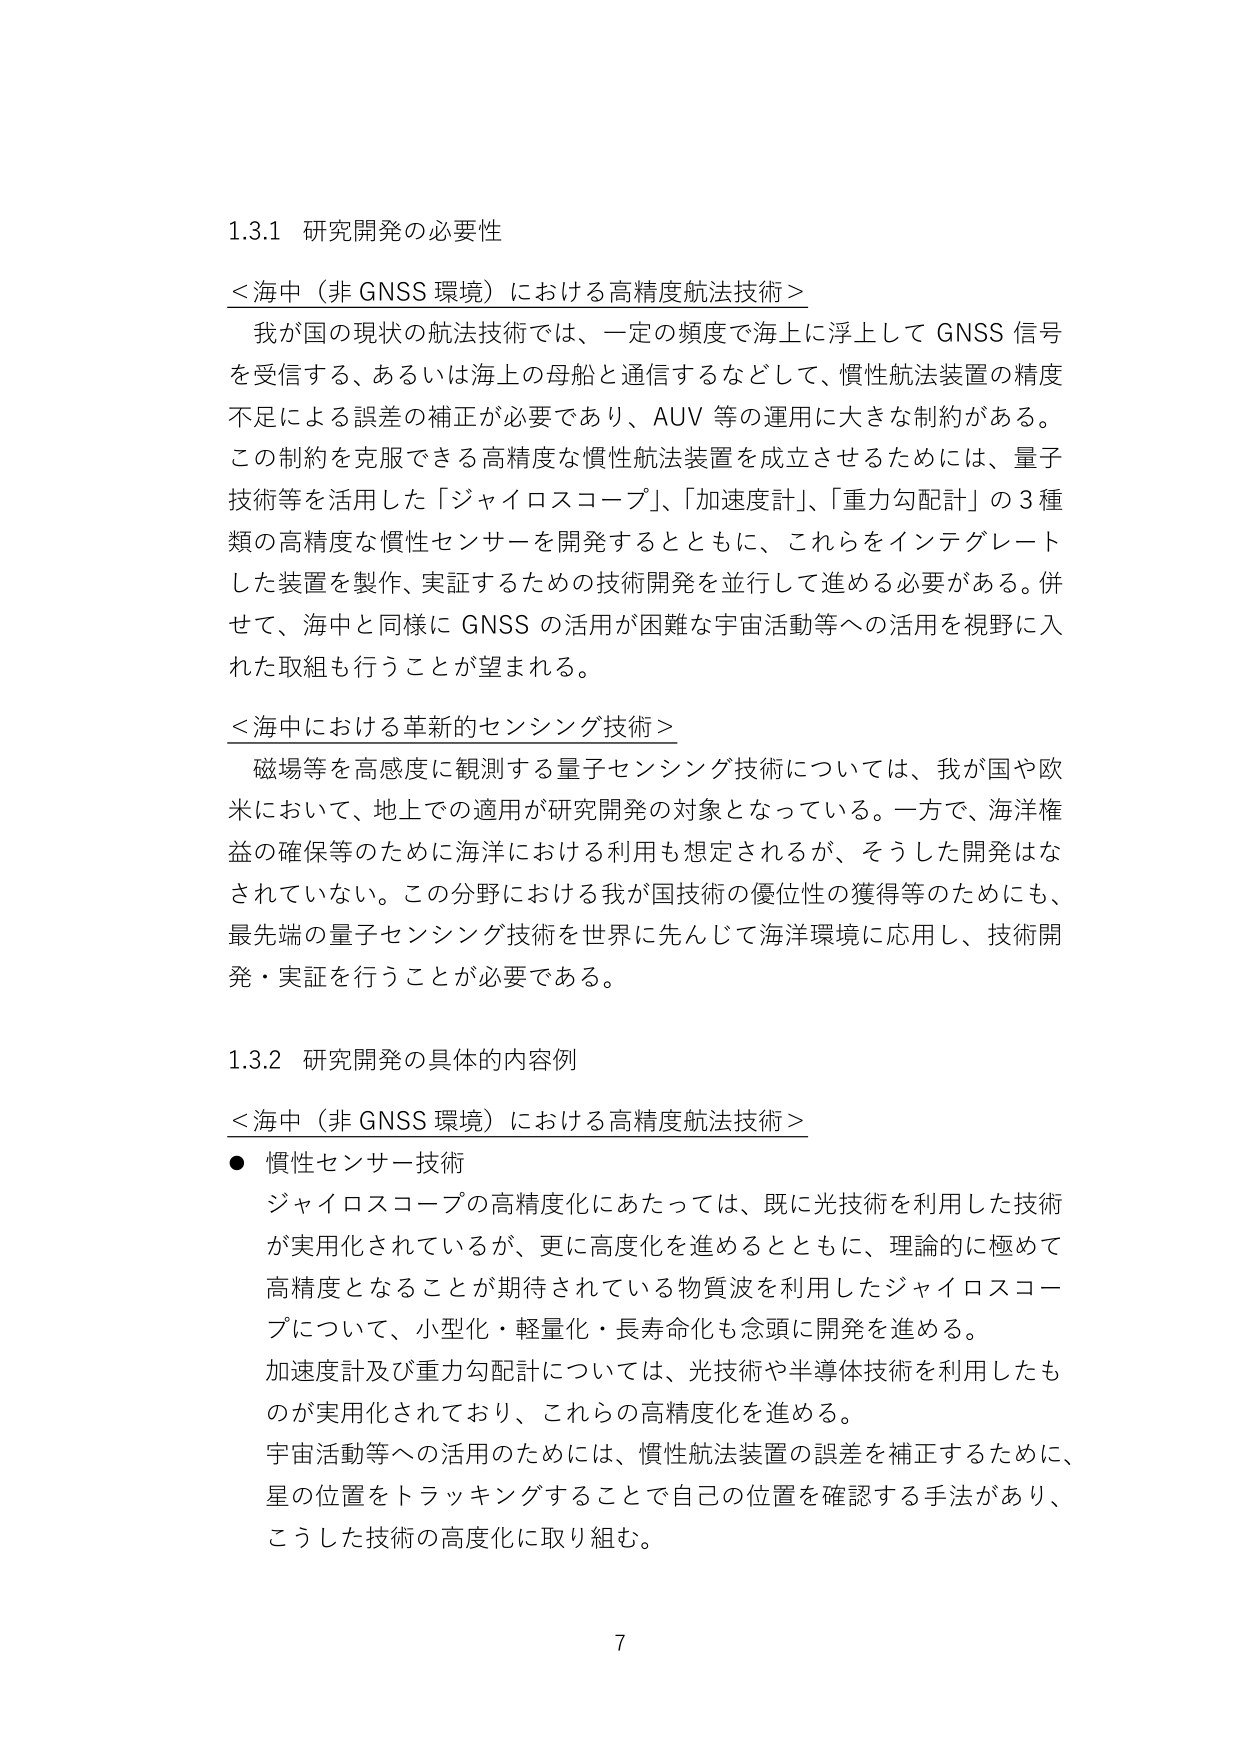
1.3.1 研究開発の必要性

＜海中（非 GNSS 環境）における高精度航法技術＞
我が国の現状の航法技術では、一定の頻度で海上に浮上して GNSS 信号を受信する、あるいは海上の母船と通信するなどして、慣性航法装置の精度不足による誤差の補正が必要であり、AUV 等の運用に大きな制約がある。この制約を克服できる高精度な慣性航法装置を成立させるためには、量子技術等を活用した「ジャイロスコープ」、「加速度計」、「重力勾配計」の3種類の高精度な慣性センサーを開発するとともに、これらをインテグレートした装置を製作、実証するための技術開発を並行して進める必要がある。併せて、海中と同様に GNSS の活用が困難な宇宙活動等への活用を視野に入れた取組も行うことが望まれる。

＜海中における革新的センシング技術＞
磁場等を高感度に観測する量子センシング技術については、我が国や欧米において、地上での適用が研究開発の対象となっている。一方で、海洋権益の確保等のために海洋における利用も想定されるが、そうした開発はなされていない。この分野における我が国技術の優位性の獲得等のためにも、最先端の量子センシング技術を世界に先んじて海洋環境に応用し、技術開発・実証を行うことが必要である。

1.3.2 研究開発の具体的な内容例

＜海中（非 GNSS 環境）における高精度航法技術＞
● 慣性センサー技術
ジャイロスコープの高精度化にあたっては、既に光技術を利用した技術が実用化されているが、更に高度化を進めるとともに、理論的に極めて高精度となることが期待されている物質波を利用したジャイロスコープについて、小型化・軽量化・長寿命化も念頭に開発を進める。
加速度計及び重力勾配計については、光技術や半導体技術を利用したものが実用化されており、これらの高精度化を進める。
宇宙活動等への活用のためには、慣性航法装置の誤差を補正するために、星の位置をトラッキングすることで自己の位置を確認する手法があり、こうした技術の高度化に取り組む。

7